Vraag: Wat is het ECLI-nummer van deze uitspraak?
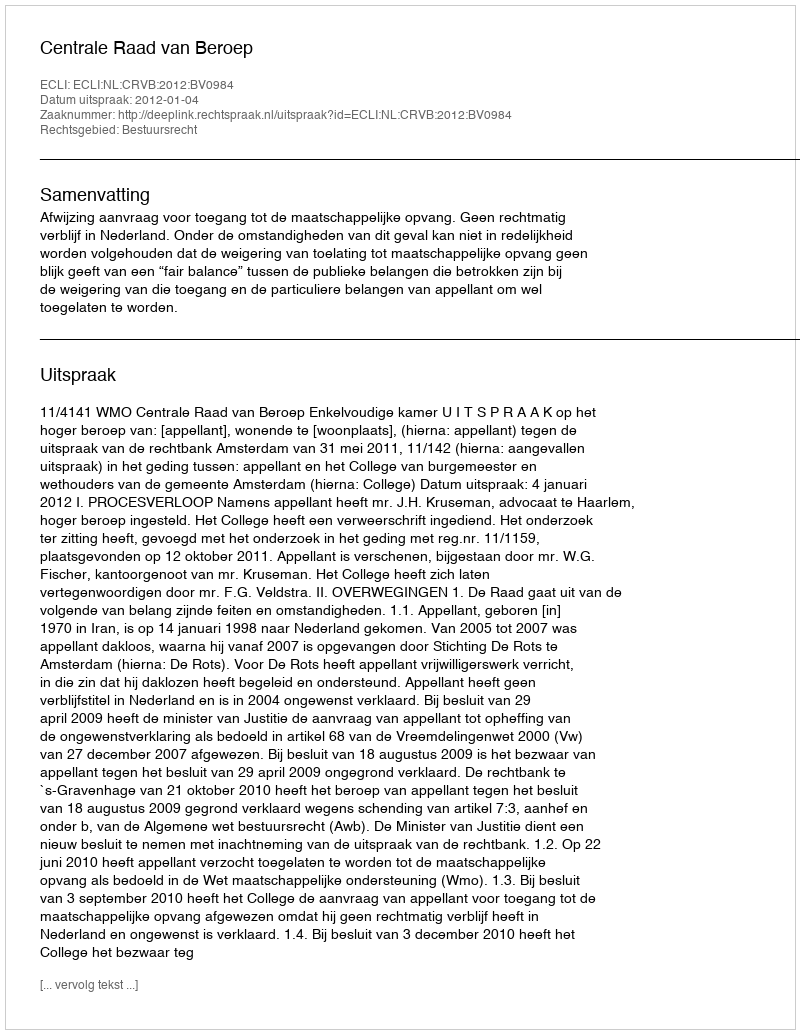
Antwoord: ECLI:NL:CRVB:2012:BV0984